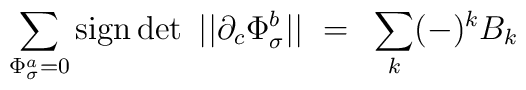
\sum_{\Phi^a_\sigma =0} {\rm sign}\det \ || \partial_c\Phi^b_\sigma || ~=~ \sum_k (-)^k B_k